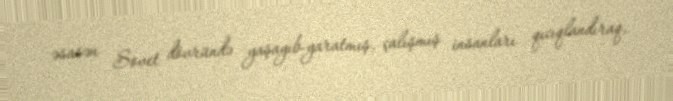
əsasən Sovet dövründə yaşayıb-yaratmış, çalışmış insanları qıcıqlandıraq,